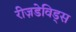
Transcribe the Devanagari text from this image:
रीज़डेविड्स